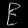
Digit: ၉